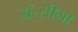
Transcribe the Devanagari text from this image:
डॉ॰सीमा